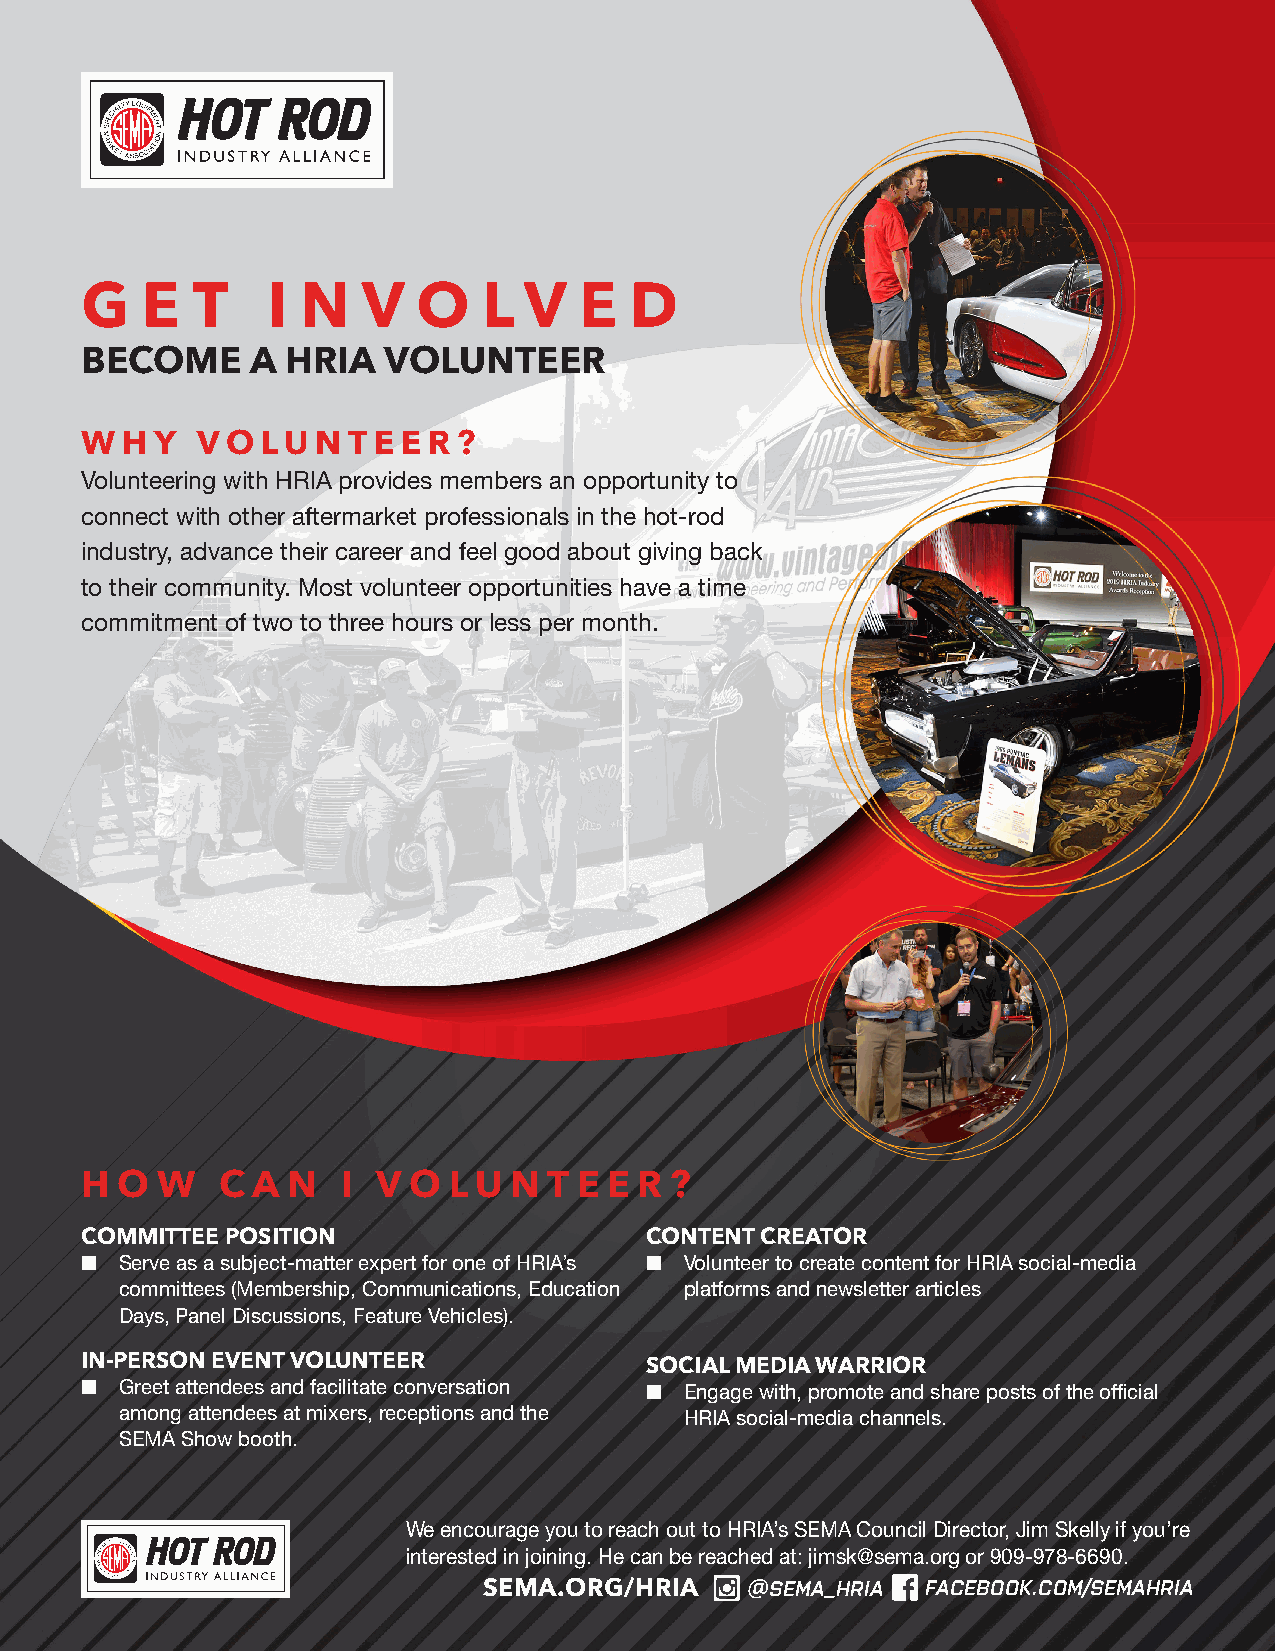
G   E   T    I N   V   O   L  V  E   D
 BECOME      A HRIA  VOLUNTEER
 W  H Y  V O LU  N T E E R ?
 Volunteering with HRIA provides members an opportunity to
 connect with other aftermarket professionals in the hot-rod
 industry, advance their career and feel good about giving back
 to their community. Most volunteer opportunities have a time
 commitment of two to three hours or less per month.
 H  O W    C A N   I V O  L U N T E E R ?
 COMMITTEE POSITION                    CONTENT CREATOR
 n  Serve as a subject-matter expert for one of HRIA’s n Volunteer to create content for HRIA social-media
 committees (Membership, Communications, Education platforms and newsletter articles
 Days, Panel Discussions, Feature Vehicles).
 IN-PERSON EVENT VOLUNTEER             SOCIAL MEDIA WARRIOR
 n  Greet attendees and facilitate conversation n Engage with, promote and share posts of the official
 among attendees at mixers, receptions and the HRIA social-media channels.
 SEMA Show booth.
 We encourage you to reach out to HRIA’s SEMA Council Director, Jim Skelly if you’re
 interested in joining. He can be reached at: jimsk@sema.org or 909-978-6690.
 SEMA.ORG/HRIA    @SEMA_HRIA  FACEBOOK.COM/SEMAHRIA